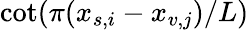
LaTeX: \cot(\pi(x_{s,i}-x_{v,j})/L)